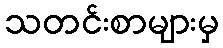
သတင်းစာများမှ